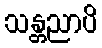
သန္တညာပိ